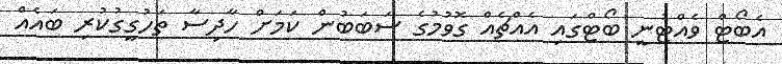
އެބޯޓް ވެއްޓުނީ ބޯޓްގައި އެއްޗެއް ގޮވުމުގެ ސަބަބުން ކަމަށް ހާދިސާ ތަހުގީގުކުރި ބައެއް